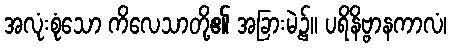
အလုံးစုံသော ကိလေသာတို့၏ အခြားမဲ့၌။ ပရိနိဗ္ဗာနကာလံ၊